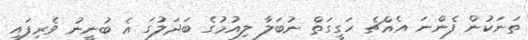
ތަނަކުން ފެންނަ އެއްޗެ ހަގީގަތް ނުބަލާ ލިއުމުގެ ބަދަލުގަ އެ ބުނީނު ވެރިފައި